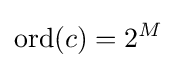
\operatorname {ord} (c)=2^{M}